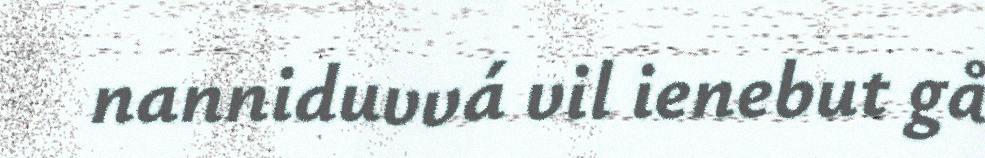
nanniduvvá vil ienebut gå